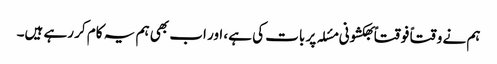
ہم نے وقتاً فوقتاً بھکشونی مسٔلہ پر بات کی ہے، اور اب بھی ہم یہ کام کر رہے ہیں۔